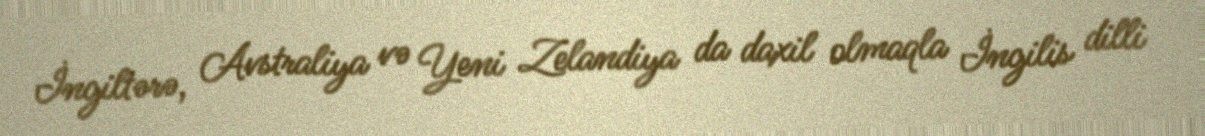
İngiltərə, Avstraliya və Yeni Zelandiya da daxil olmaqla İngilis dilli